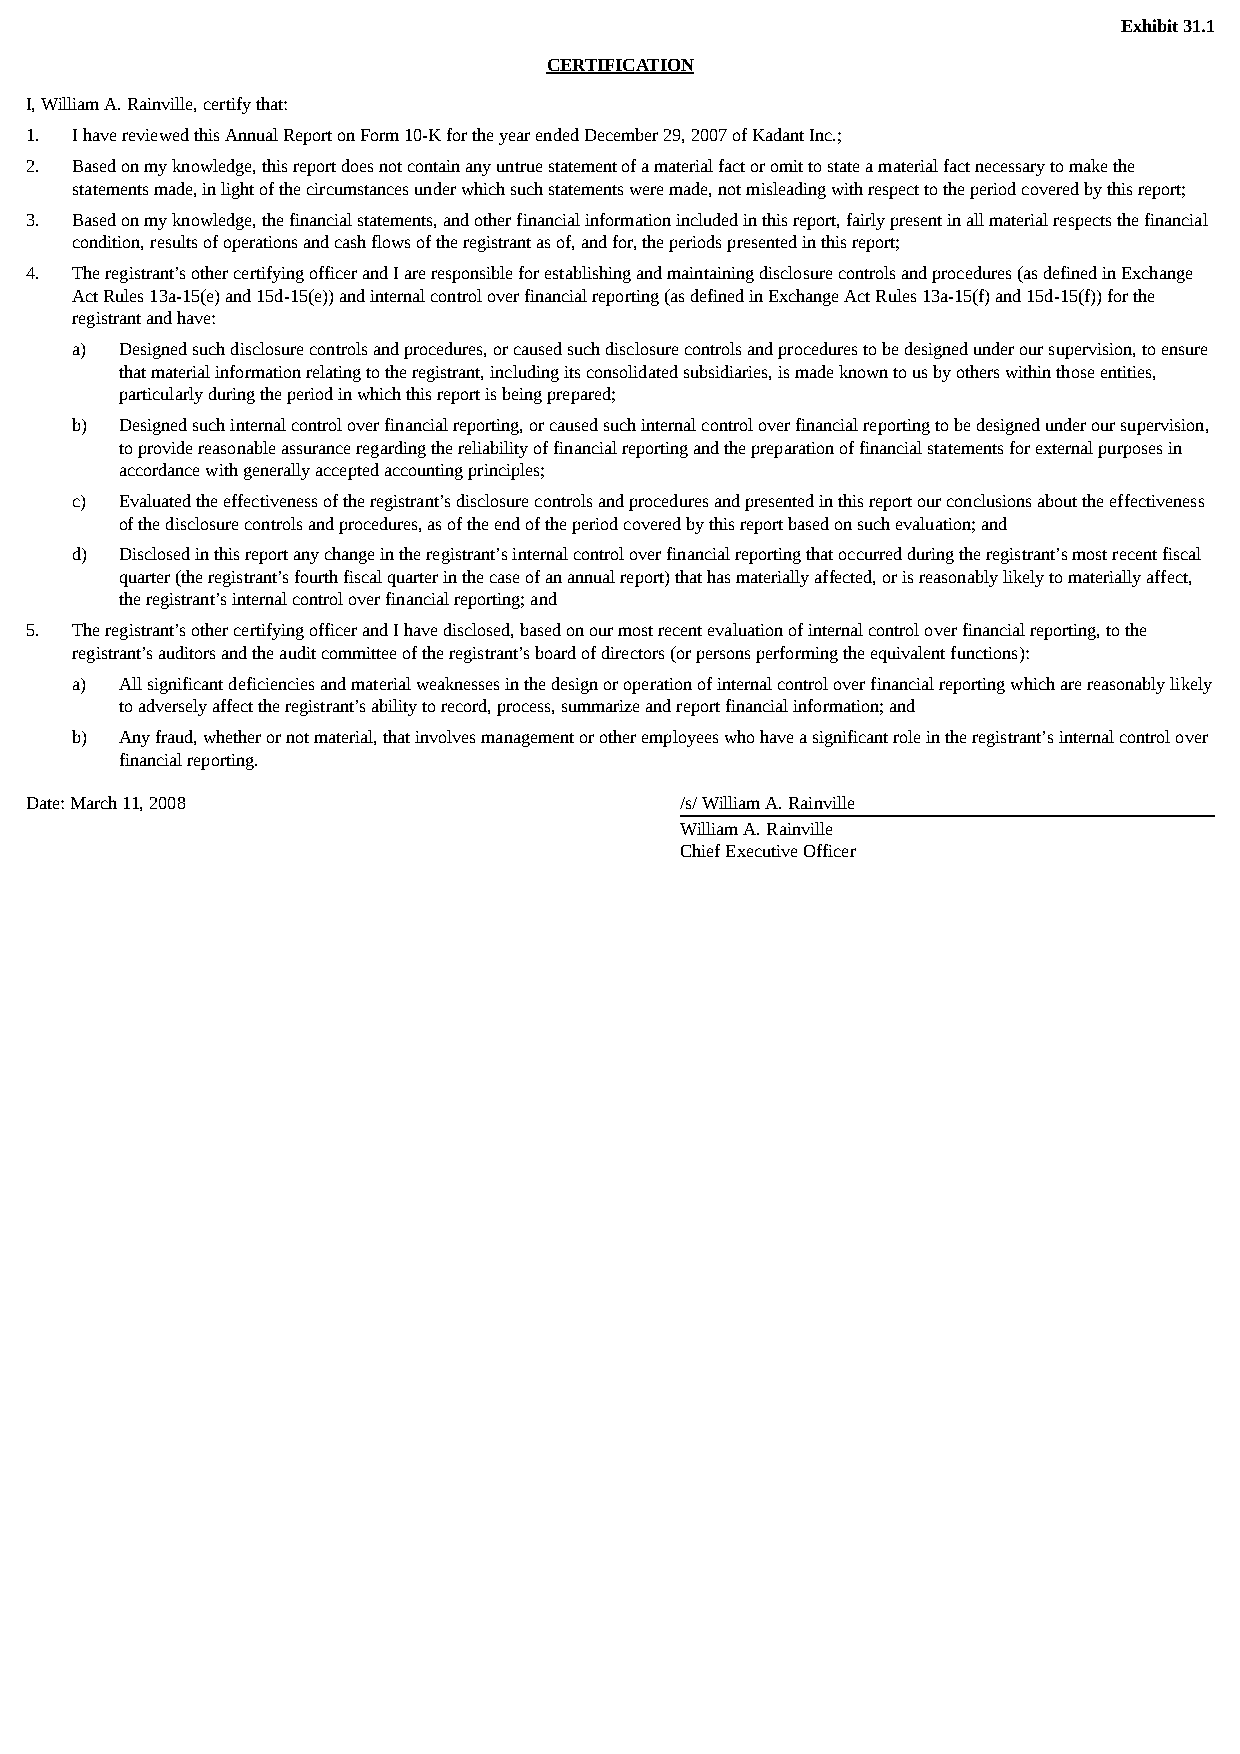
Exhibit 31.1
 CERTIFICATION
 I, William A. Rainville, certify that:
 1. I have reviewed this Annual Report on Form 10-K for the year ended December 29, 2007 of Kadant Inc.;
 2. Based on my knowledge, this report does not contain any untrue statement of a material fact or omit to state a material fact necessary to make the
 statements made, in light of the circumstances under which such statements were made, not misleading with respect to the period covered by this report;
 3. Based on my knowledge, the financial statements, and other financial information included in this report, fairly present in all material respects the financial
 condition, results of operations and cash flows of the registrant as of, and for, the periods presented in this report;
 4. The registrant’s other certifying officer and I are responsible for establishing and maintaining disclosure controls and procedures (as defined in Exchange
 Act Rules 13a-15(e) and 15d-15(e)) and internal control over financial reporting (as defined in Exchange Act Rules 13a-15(f) and 15d-15(f)) for the
 registrant and have:
 a) Designed such disclosure controls and procedures, or caused such disclosure controls and procedures to be designed under our supervision, to ensure
 that material information relating to the registrant, including its consolidated subsidiaries, is made known to us by others within those entities,
 particularly during the period in which this report is being prepared;
 b) Designed such internal control over financial reporting, or caused such internal control over financial reporting to be designed under our supervision,
 to provide reasonable assurance regarding the reliability of financial reporting and the preparation of financial statements for external purposes in
 accordance with generally accepted accounting principles;
 c) Evaluated the effectiveness of the registrant’s disclosure controls and procedures and presented in this report our conclusions about the effectiveness
 of the disclosure controls and procedures, as of the end of the period covered by this report based on such evaluation; and
 d) Disclosed in this report any change in the registrant’s internal control over financial reporting that occurred during the registrant’s most recent fiscal
 quarter (the registrant’s fourth fiscal quarter in the case of an annual report) that has materially affected, or is reasonably likely to materially affect,
 the registrant’s internal control over financial reporting; and
 5. The registrant’s other certifying officer and I have disclosed, based on our most recent evaluation of internal control over financial reporting, to the
 registrant’s auditors and the audit committee of the registrant’s board of directors (or persons performing the equivalent functions):
 a) All significant deficiencies and material weaknesses in the design or operation of internal control over financial reporting which are reasonably likely
 to adversely affect the registrant’s ability to record, process, summarize and report financial information; and
 b) Any fraud, whether or not material, that involves management or other employees who have a significant role in the registrant’s internal control over
 financial reporting.
 Date: March 11, 2008                       /s/ William A. Rainville
 William A. Rainville
 Chief Executive Officer